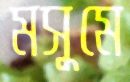
মসুমে